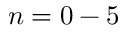
n = 0 - 5